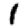
Digit: 1